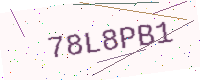
Text: 78L8PB1